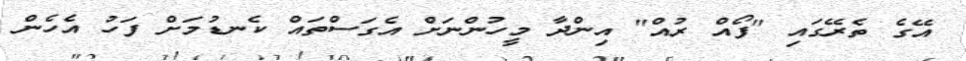
އޭގެ ތެރޭގައި "ފޯއް ރުއް" އިންދާ މީހުންނަށް އެގަސްތައް ކެނޑުމަށް ފަހު އެހެން